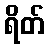
ရိတ်